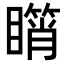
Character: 𥋘